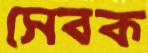
সেবক